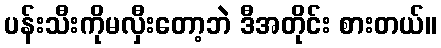
ပန်းသီးကိုမလှီးတော့ဘဲ ဒီအတိုင်း စားတယ်။